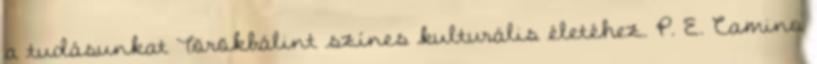
a tudásunkat Törökbálint színes kulturális életéhez. P. E. Camino